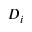
D _ { i }